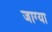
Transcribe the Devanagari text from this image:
जाग्या